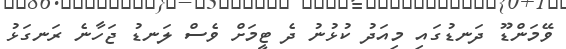
ވޭމަންޑޫ ދަނޑުގައި މިއަދު ކުޅުނު ދެ ޓީމަށް ވެސް ލަނޑު ޖަހާނެ ރަނގަޅު